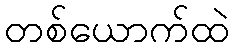
တစ်ယောက်ထဲ